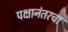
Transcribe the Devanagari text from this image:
पक्षानंतरचा